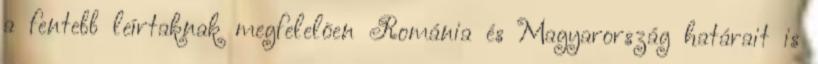
a fentebb leírtaknak megfelelõen Románia és Magyarország határait is